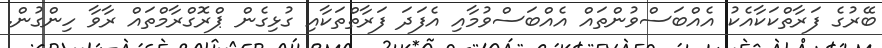
ބޭރުގެ ފަރާތްކަކާއެކު އެއްބަސްވުންތައް އެއްބަސްވުމާއި އެފަދަ ފަރާތްތަކާއި ގުޅިގެން ޕްރޮގްރާމްތައް ރާވާ ހިންގުން.